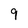
Character: 9